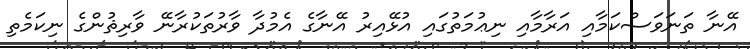
އޭނާ ތަނަވަސްކަމާއި އަރާމާއި ނިޢުމަތުގައި އުޅޭއިރު އޭނާގެ އެމުދާ ވާރުތަކުރާނޭ ވާރިޘުންގެ ނިކަމެތި